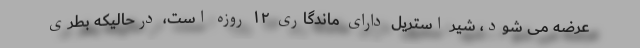
عرضه می شود، شیر استریل دارای ماندگاری ۱۲ روزه است، درحالیکه بطری